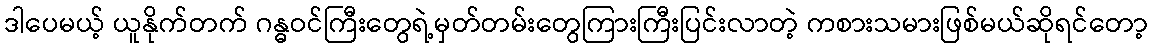
ဒါပေမယ့် ယူနိုက်တက် ဂန္ဓဝင်ကြီးတွေရဲ့မှတ်တမ်းတွေကြားကြီးပြင်းလာတဲ့ ကစားသမားဖြစ်မယ်ဆိုရင်တော့